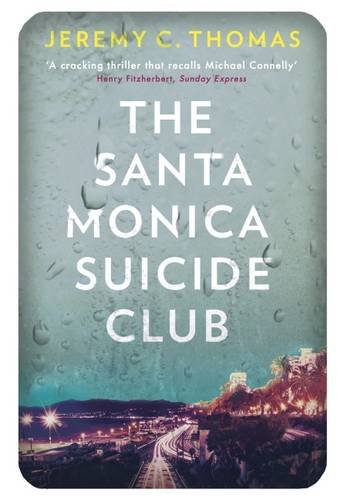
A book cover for The Santa Monica Suicide Club; Jeremy C. Thomas; Mystery, Thriller & Suspense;